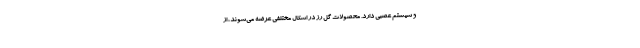
و سیستم عصبی دارد. محصولات گل رز در اشکال مختلفی عرضه می‌شوند، از